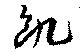
飢